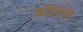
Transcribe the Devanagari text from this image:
कौसिशि